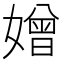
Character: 𡡑